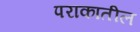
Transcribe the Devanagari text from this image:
पराकातील